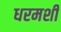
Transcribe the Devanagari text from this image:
धरमशी